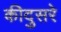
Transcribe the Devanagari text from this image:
कीदुसरे